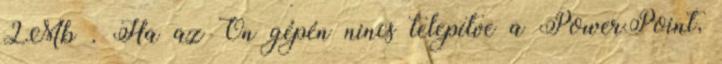
2Mb . Ha az Ön gépén nincs telepítve a PowerPoint,